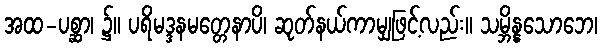
အထ-ပစ္ဆာ၊ ၌။ ပရိမဒ္ဒနမတ္တေနာပိ၊ ဆုတ်နယ်ကာမျှဖြင့်လည်း။ သမ္ဘိန္နသောဘေ၊